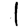
Digit: 1